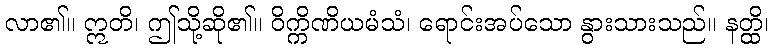
လာ၏။ ဣတိ၊ ဤသို့ဆို၏။ ဝိက္ကိဏိယမံသံ၊ ရောင်းအပ်သော နွားသားသည်။ နတ္ထိ၊